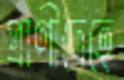
প্রাণীদেহে